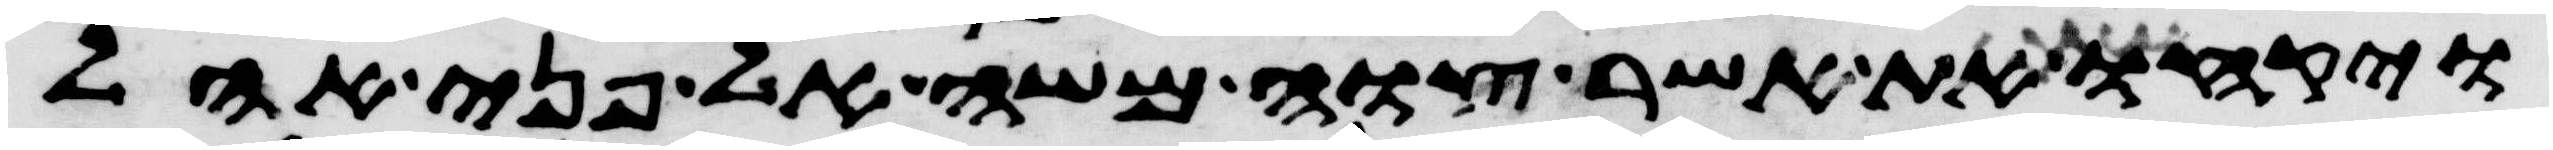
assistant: ויקחו את אשר צוה משה אל פני אהל